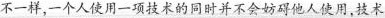
不一样，一个人使用一项技术的同时并不会妨碍他人使用，技术